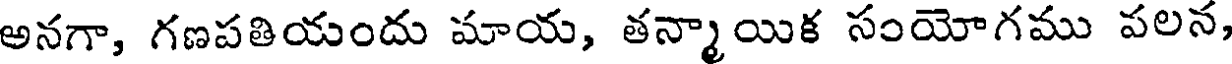
అనగా, గణపతియందు మాయ, తన్మాయిక సంయోగము పలన